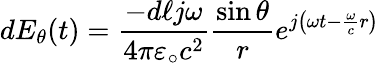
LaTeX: dE_{\theta}(t)={\frac{-d\ell j\omega}{4\pi\varepsilon_{\circ}c^{2}}}{\frac{\sin\theta}{r}}e^{j\left(\omega t-{\frac{\omega}{c}}r\right)}